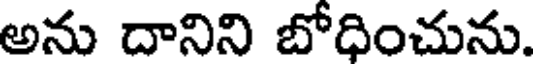
అను దానిని బోధించును.